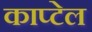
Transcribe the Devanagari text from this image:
काप्टेल